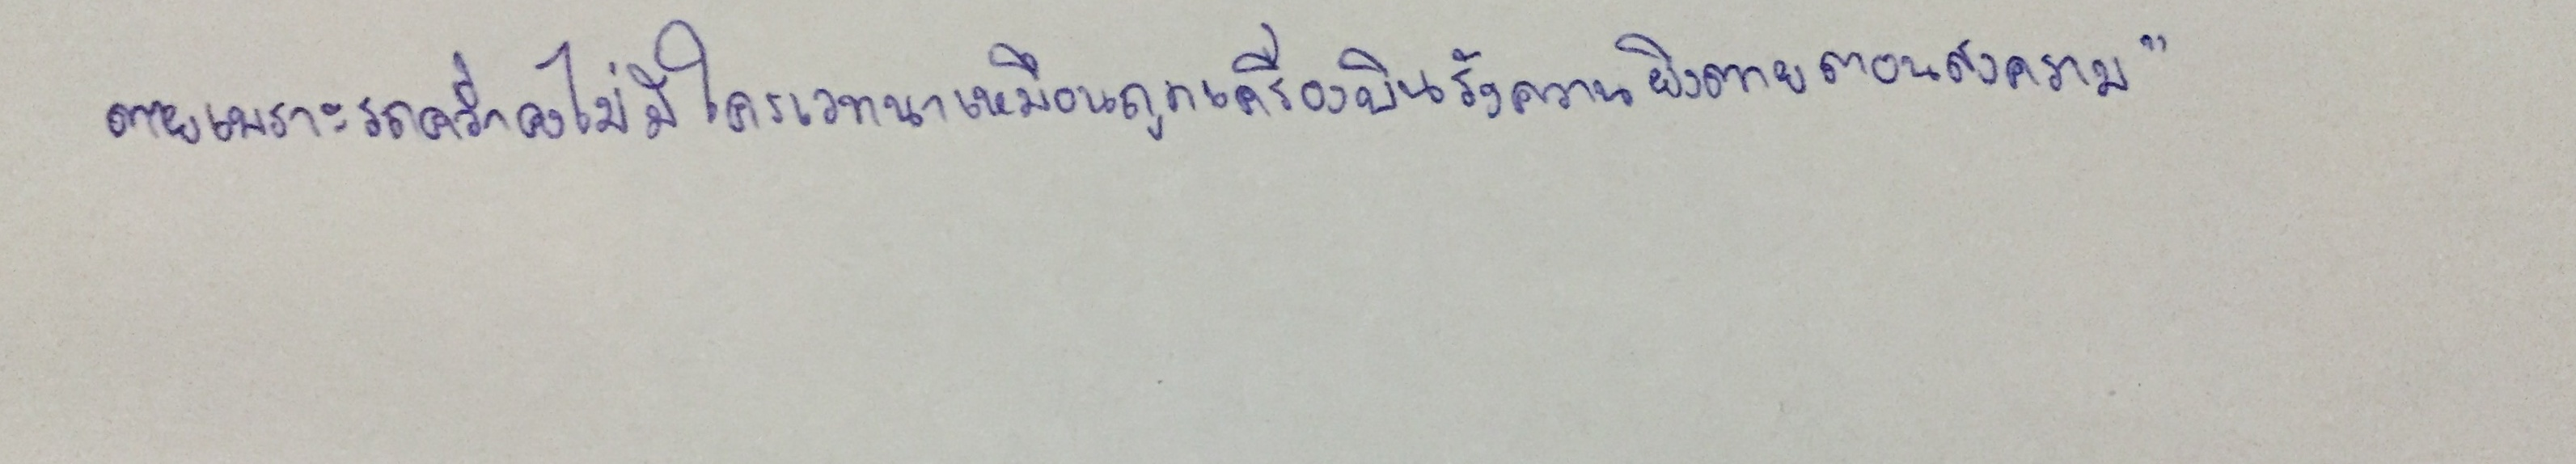
ตายเพราะรถคว่ำคงไม่มีใครเวทนาเหมือนถูกเครื่องบินรังควานยิงตายตอนสงคราม"